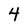
Character: 4